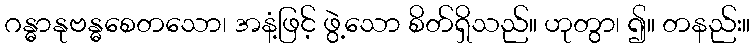
ဂန္ဓာနုဗန္ဓစေတသော၊ အနံ့ဖြင့် ဖွဲ့သော စိတ်ရှိသည်။ ဟုတွာ၊ ၍။ တနည်း။